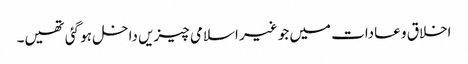
اخلاق و عادات میں جو غیر اسلامی چیزیں داخل ہو گئی تھیں۔